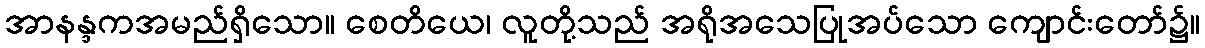
အာနန္ဒကအမည်ရှိသော။ စေတိယေ၊ လူတို့သည် အရိုအသေပြုအပ်သော ကျောင်းတော်၌။